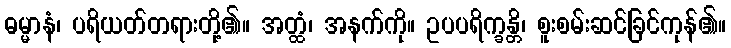
ဓမ္မာနံ၊ ပရိယတ်တရားတို့၏။ အတ္ထံ၊ အနက်ကို။ ဥပပရိက္ခန္တိ၊ စူးစမ်းဆင်ခြင်ကုန်၏။